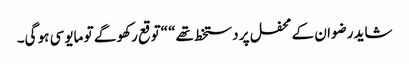
شاید رضوان کے محفل پر دستخط تھے“ “توقع رکھو گے تو مایوسی ہو گی۔